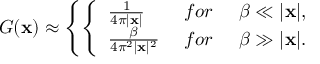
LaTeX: { \cal G } ( { \bf x } ) \approx \left\{ \left\{ \begin{array} { l l } { { { \frac { 1 } { 4 \pi \vert { \bf x } \vert } } \; } } & { { f o r \; \; \; \; \; \beta \ll \vert { \bf x } \vert , } } \\ { { { \frac { \beta } { 4 \pi ^ { 2 } \vert { \bf x } \vert ^ { 2 } } } \; } } & { { f o r \; \; \; \; \; \beta \gg \vert { \bf x } \vert . } } \end{array} \right. \right.